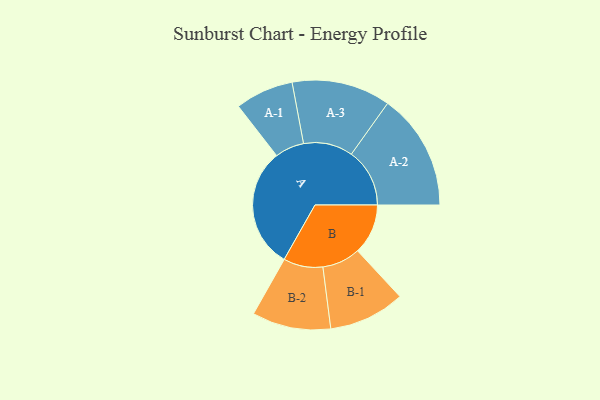
{"axis": {"x": "Segment", "y": "Value"}, "legend": ["", "A", "B"], "data": [{"x": "A", "y": 459, "type": ""}, {"x": "B", "y": 192, "type": ""}, {"x": "A-1", "y": 111, "type": "A"}, {"x": "A-2", "y": 222, "type": "A"}, {"x": "A-3", "y": 188, "type": "A"}, {"x": "B-1", "y": 145, "type": "B"}, {"x": "B-2", "y": 150, "type": "B"}]}